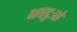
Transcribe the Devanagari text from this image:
भवदुःखे